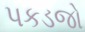
પકડજો